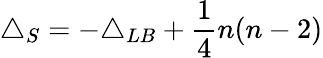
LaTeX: \triangle_{S}=-\triangle_{LB}+{\frac{1}{4}}n(n-2)